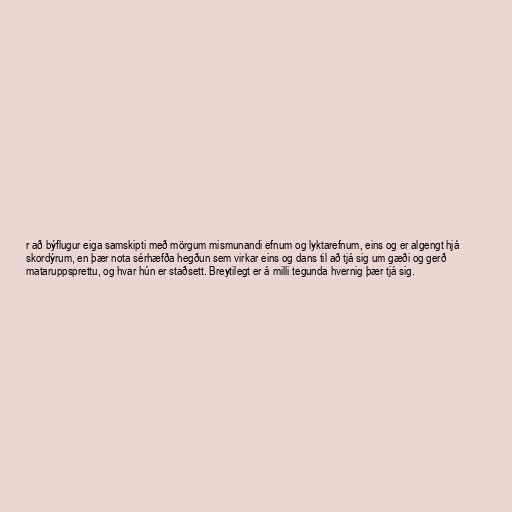
r að býflugur eiga samskipti með mörgum mismunandi efnum og lyktarefnum, eins og er algengt hjá
skordýrum, en þær nota sérhæfða hegðun sem virkar eins og dans til að tjá sig um gæði og gerð
mataruppsprettu, og hvar hún er staðsett. Breytilegt er á milli tegunda hvernig þær tjá sig.